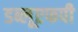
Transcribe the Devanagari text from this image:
डब्लूएफपी